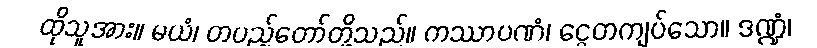
ထိုသူအား။ မယံ၊ တပည့်တော်တို့သည်။ ကဿာပဏံ၊ ငွေတကျပ်သော။ ဒဏ္ဍံ၊